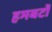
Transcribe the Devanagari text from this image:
हमबर्टो